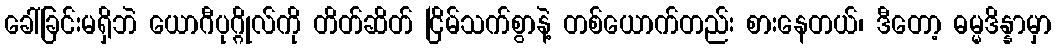
ခေါ်ခြင်းမရှိဘဲ ယောဂီပုဂ္ဂိုလ်ကို တိတ်ဆိတ် ငြိမ်သက်စွာနဲ့ တစ်ယောက်တည်း စားနေတယ်၊ ဒီတော့ ဓမ္မဒိန္နာမှာ